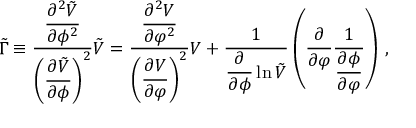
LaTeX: \tilde { \Gamma } \equiv \frac { \displaystyle { \frac { \partial ^ { 2 } \tilde { V } } { \partial \phi ^ { 2 } } } } { \left( \displaystyle { \frac { \partial \tilde { V } } { \partial \phi } } \right) ^ { 2 } } \tilde { V } = \frac { \displaystyle { \frac { \partial ^ { 2 } V } { \partial \varphi ^ { 2 } } } } { \left( \displaystyle { \frac { \partial V } { \partial \varphi } } \right) ^ { 2 } } V + \frac { 1 } { \displaystyle { \frac { \partial } { \partial \phi } \ln \tilde { V } } } \left( \frac { \partial } { \partial \varphi } \frac { 1 } { \displaystyle { \frac { \partial \phi } { \partial \varphi } } } \right) \, , \nonumber